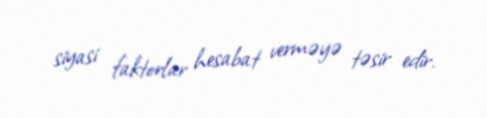
siyasi faktorlar hesabat verməyə təsir edir.